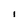
Character: i